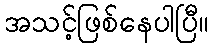
အသင့်ဖြစ်နေပါပြီ။